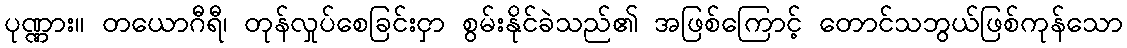
ပုဏ္ဏား။ တယောဂီရီ၊ တုန်လှုပ်စေခြင်းငှာ စွမ်းနိုင်ခဲသည်၏ အဖြစ်ကြောင့် တောင်သဘွယ်ဖြစ်ကုန်သော